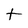
Character: t